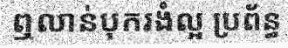
ឮលាន់បុករងំល្អ ប្រព័ន្ធ